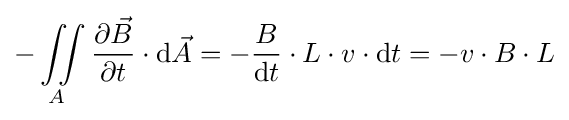
-\iint \limits _{A}{\frac {\partial {\vec {B}}}{\partial t}}\cdot \mathrm {d} {\vec {A}}=-{\frac {B}{\mathrm {d} t}}\cdot L\cdot v\cdot \mathrm {d} t=-v\cdot B\cdot L